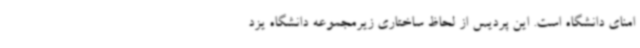
امنای دانشگاه است. این پردیس از لحاظ ساختاری زیرمجموعه دانشگاه یزد